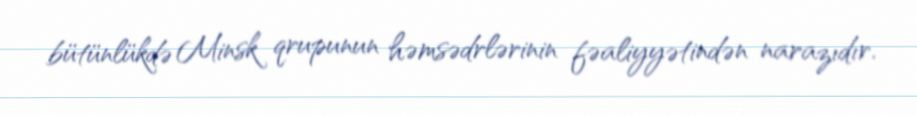
bütünlükdə Minsk qrupunun həmsədrlərinin fəaliyyətindən narazıdır.